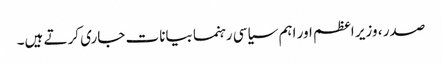
صدر ، وزیر اعظم اور اہم سیاسی رہنما بیانات جاری کرتے ہیں۔